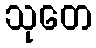
သုတေ